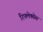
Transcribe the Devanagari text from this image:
रिफ्लेक्सेस